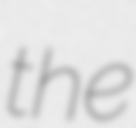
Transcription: the